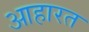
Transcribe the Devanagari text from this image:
आहारत